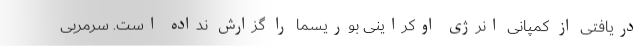
دریافتی از کمپانی انرژی اوکراینی بوریسما را گزارش نداده است. سرمربی